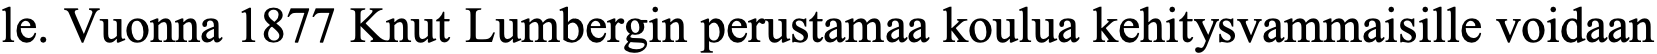
le. Vuonna 1877 Knut Lumbergin perustamaa koulua kehitysvammaisille voidaan